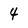
Character: 4